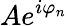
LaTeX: Ae^{i\varphi_{n}}